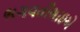
ભગવતીભાઇએ